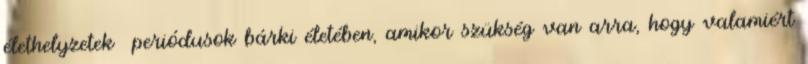
élethelyzetek periódusok bárki életében, amikor szükség van arra, hogy valamiért